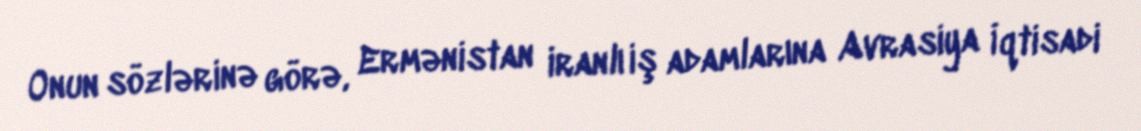
Onun sözlərinə görə, Ermənistan iranlı iş adamlarına Avrasiya İqtisadi